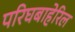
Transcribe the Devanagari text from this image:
परिघबाहेरिल